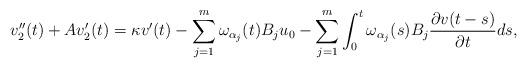
LaTeX: \begin{align*} v_2''(t) + Av_2'(t) = \kappa v'(t) - \sum\limits_{j=1}^{m}\omega_{\alpha_j}(t)B_ju_0 - \sum\limits_{j=1}^{m} \int_0^t \omega_{\alpha_j}(s)B_j \frac{\partial v(t-s)}{\partial t} ds, \end{align*}